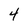
Character: 4